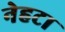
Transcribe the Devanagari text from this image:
नेहटा